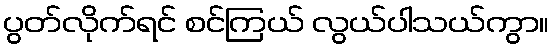
ပွတ်လိုက်ရင် စင်ကြယ် လွယ်ပါသယ်ကွာ။